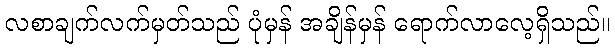
လစာချက်လက်မှတ်သည် ပုံမှန် အချိန်မှန် ရောက်လာလေ့ရှိသည်။